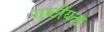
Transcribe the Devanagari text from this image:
राष्टींयता